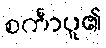
စင်္ကာပူ၏